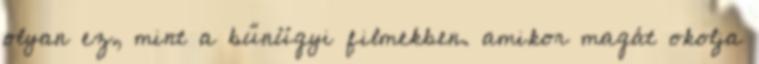
olyan ez, mint a bűnügyi filmekben. amikor magát okolja